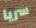
سريا